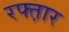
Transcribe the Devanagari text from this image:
रफ्त़ार